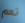
نعم